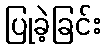
ပြုခဲ့ခြင်း